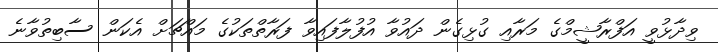
ވިދާޅުވީ އަފްރާޝީމްގެ މަރާއި ގުޅިގެން ދައުވާ އުފުލާފައިވާ ފަރާތްތަކުގެ މައްޗަށް އެކަން ސާބިތުވާނެ